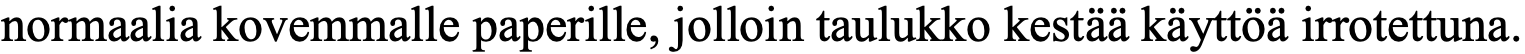
normaalia kovemmalle paperille, jolloin taulukko kestää käyttöä irrotettuna.